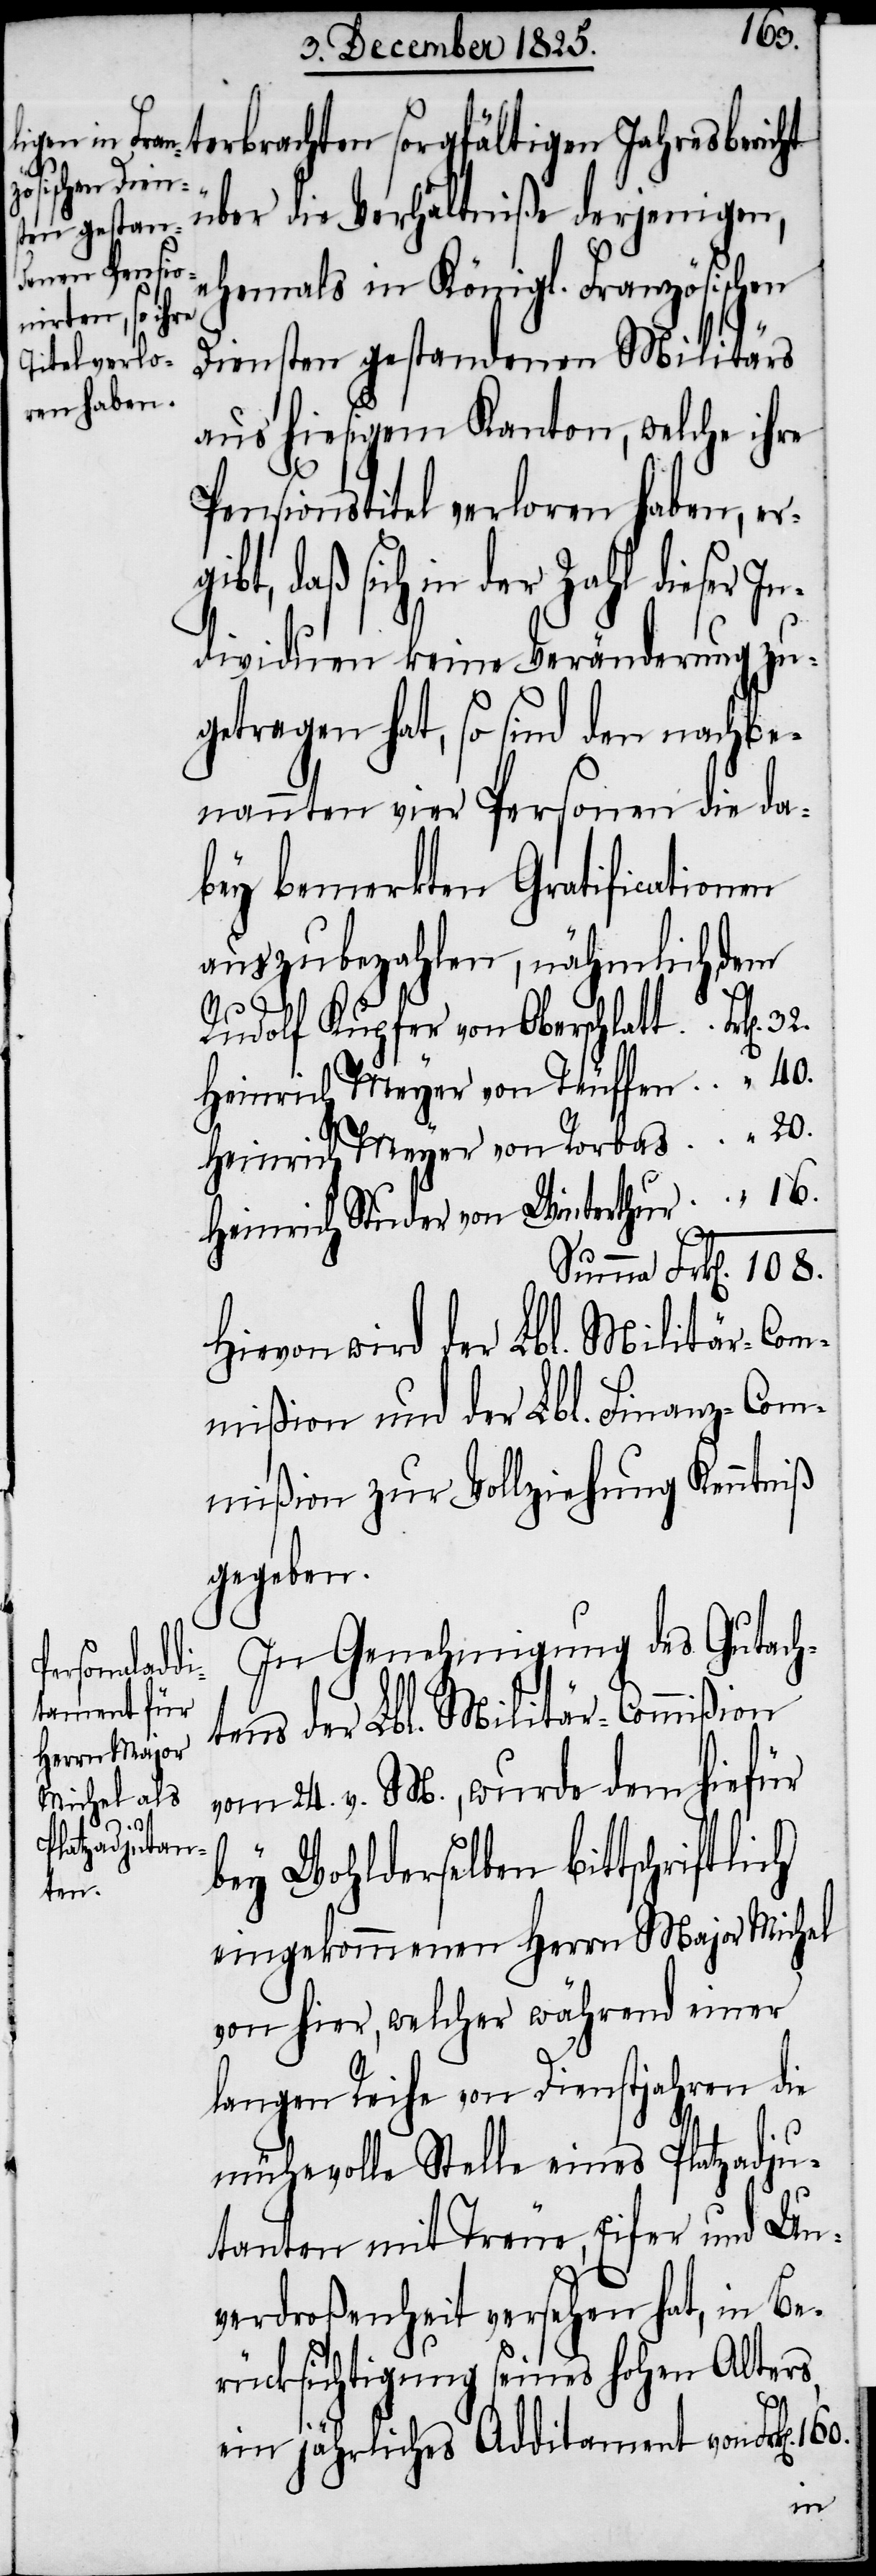
160.
terbrachten sorgfältigen Jahresbericht
über die Verhältniße derjenigen,
ehemals in Königl. Französischen
Diensten gestandenen Militärs
aus hiesigem Kanton, welche ihre
Pensionstitel verloren haben, er¬
ibt, daß sich in der Zahl dieser I¬
ndividuen keine Veränderung zu¬
getragen hat, so sind den nachbe¬
nannten vier Personen die da¬
bey bemerkten Gratificationen
auszubezahlen, nähmlich dem
Rudolf Rupfer von Oberschlatt
32.
Heinrich Meyer von Teuffen
Heinrich Meyer von Rorbas
Heinrich Studer von Winterthur
Hievon wird der Lbl. Militär-Com¬
mißion und der Lbl. Finanz-Com¬
mißion zur Vollziehung Kenntniß
gegeben.
In Genehmigung des Gutach¬
tens der Lbl. Militär-Commißion
vom 24. v. M., wurde dem hiefür
bey Wohlderselben bittschriftlich
eingekommenen Herrn Major Michel
von hier, welcher während einer
langen Reihe von Dienstjahren die
mühevolle Stelle eines Platzadju¬
tanten mit Treue, Eifer und Un¬
verdroßenheit versehen hat, in Be¬
rücksichtigung seines hohen Alters,
ein jährliches Additament von Frk[en].
g¬